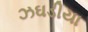
ઝઘડીયા